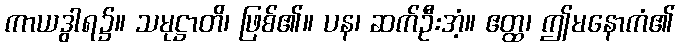
ကာယဒွါရ၌။ သမုဋ္ဌာတိ၊ ဖြစ်၏။ ပန၊ ဆက်ဦးအံ့။ ဧတ္ထ၊ ဤမနောကံ၏